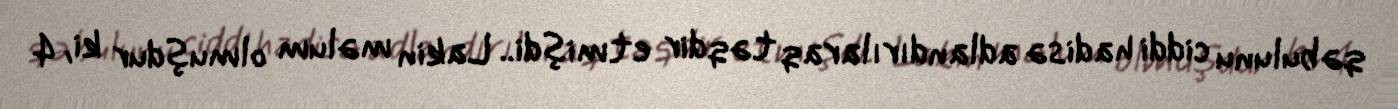
qəbulunu ciddi hadisə adlandırılaraq təqdir etmişdi.. Lakin məlum olmuşdur ki, 4